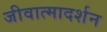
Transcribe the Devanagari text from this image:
जीवात्मादर्शन